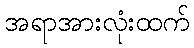
အရာအားလုံးထက်